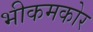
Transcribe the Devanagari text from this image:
भीकमकोर